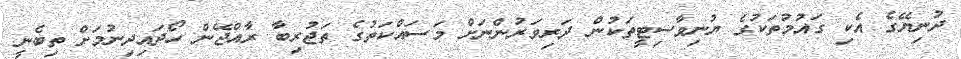
ދުނިޔޭގެ އެކި ގައުމުތަކުގެ ޔުނިވާސިޓީތަކުން ދަރިވަރުންނަށް މަސައްކަތުގެ ތަޖުރިބާ ރާއްޖޭން ހޯދައިދިނުމަށް ތިބެނީ